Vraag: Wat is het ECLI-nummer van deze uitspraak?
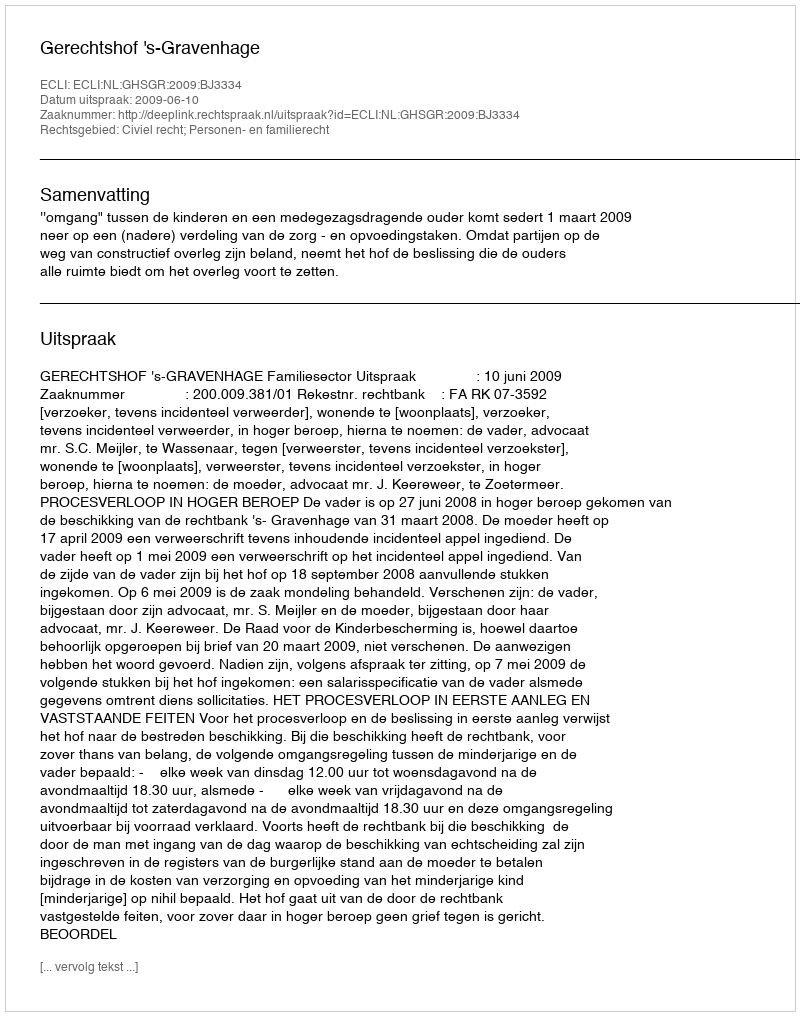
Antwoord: ECLI:NL:GHSGR:2009:BJ3334